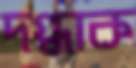
দগ্ধাক